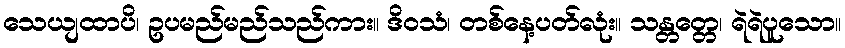
သေယျထာပိ၊ ဥပမည်မည်သည်ကား။ ဒိဝသံ၊ တစ်နေ့ပတ်လုံး။ သန္တတ္တေ၊ ရဲရဲပူသော။